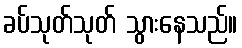
ခပ်သုတ်သုတ် သွားနေသည်။